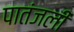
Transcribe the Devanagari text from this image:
पातंजली